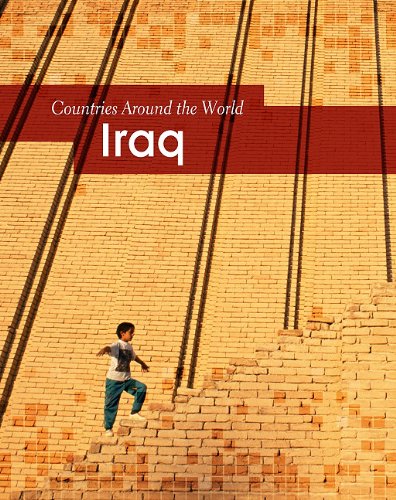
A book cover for Iraq (Countries Around the World); Paul Mason; Children's Books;